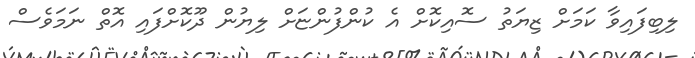
ލިބިފައިވާ ކަމަށް ޒިޔަތު ސޮއިކޮށް އެ ކުންފުންޏަށް ލިޔުން ދޫކޮށްފައި އޮތް ނަމަވެސް